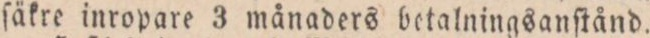
ſäkre inropare 3 månaders betalningsanſtånd.